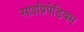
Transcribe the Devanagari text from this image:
साइप्रिपेडियम